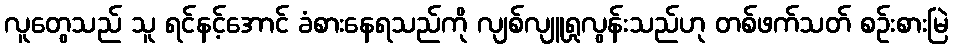
လူတွေသည် သူ ရင်နင့်အောင် ခံစားနေရသည်ကို လျစ်လျူရှုလွန်းသည်ဟု တစ်ဖက်သတ် စဉ်းစားမြဲ